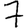
Digit: 7